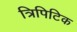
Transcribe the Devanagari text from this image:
त्रिपिटिक